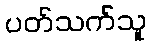
ပတ်သက်သူ